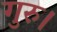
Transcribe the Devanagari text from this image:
गुरु।